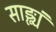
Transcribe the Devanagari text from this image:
साङ्ख्यं